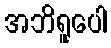
အဘိရူပေါ